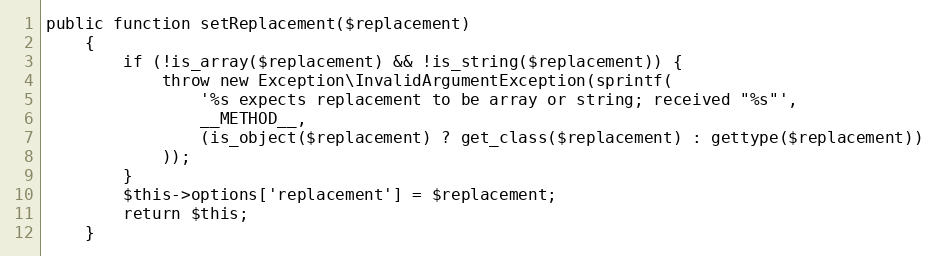
Language: PHP
public function setReplacement($replacement)
    {
        if (!is_array($replacement) && !is_string($replacement)) {
            throw new Exception\InvalidArgumentException(sprintf(
                '%s expects replacement to be array or string; received "%s"',
                __METHOD__,
                (is_object($replacement) ? get_class($replacement) : gettype($replacement))
            ));
        }
        $this->options['replacement'] = $replacement;
        return $this;
    }